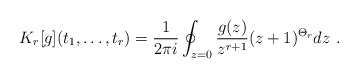
\begin{align*}K_r[g](t_1,\ldots,t_r) ={1\over 2\pi i} \oint_{z=0} {g(z)\over z^{r+1}} (z+1)^{\Theta_r} dz \ .\end{align*}